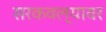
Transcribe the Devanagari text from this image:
सरकवल्यावर